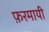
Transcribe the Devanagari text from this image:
फ़रमायी